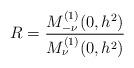
LaTeX: \begin{align*}R=\frac{M^{(1)}_{-\nu}(0,h^2)}{M^{(1)}_{\nu}(0,h^2)}\end{align*}